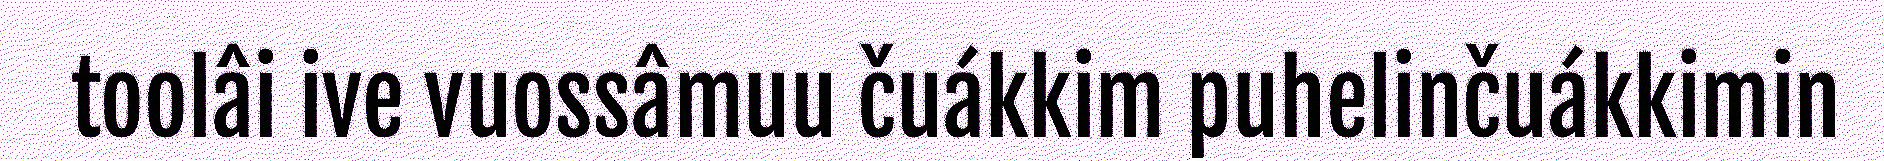
toolâi ive vuossâmuu čuákkim puhelinčuákkimin